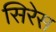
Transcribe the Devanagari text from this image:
सिरेस